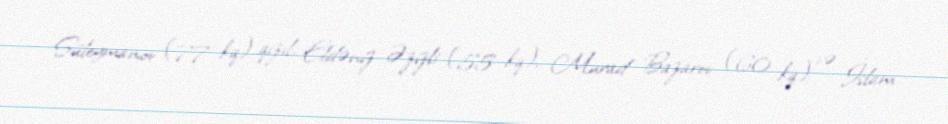
Süleymanov (77 kq) qızıl, Eldəniz Əzizli (55 kq), Murad Bazarov (60 kq) və İslam